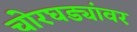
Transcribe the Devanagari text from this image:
चोरघड्यांवर